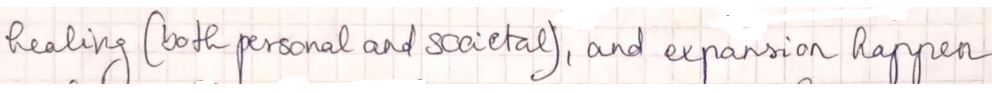
healing ( both personal and societal ), and expansion happen